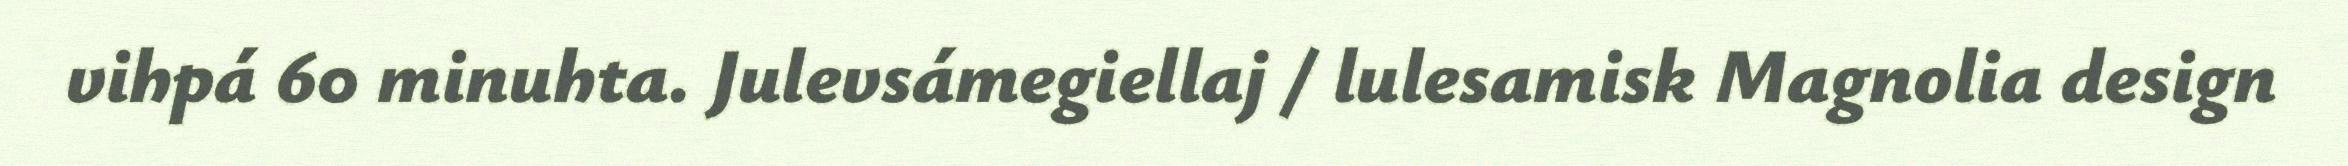
vihpá 60 minuhta. Julevsámegiellaj / lulesamisk Magnolia design